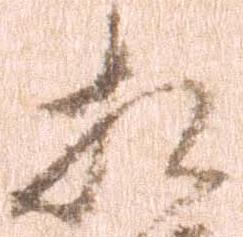
相